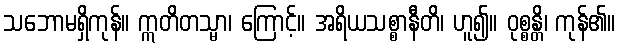
သဘောမရှိကုန်။ ဣတိတသ္မာ၊ ကြောင့်။ အရိယသစ္စာနီတိ၊ ဟူ၍။ ဝုစ္စန္တိ၊ ကုန်၏။